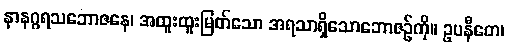
နာနဂ္ဂရသဘောဇနေ၊ အထူးထူးမြတ်သော အရသာရှိသောဘောဇဉ်ကို။ ဥပနီတေ၊